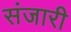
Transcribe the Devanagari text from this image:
संजारी